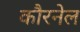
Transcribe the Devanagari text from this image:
कौरनेल